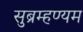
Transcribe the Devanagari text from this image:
सुब्रम्हण्यम